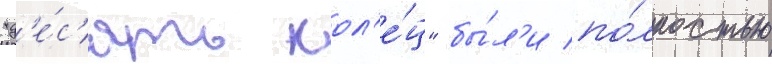
"д'е́с'ять кол'е́ц" бы́л'и по́лностью